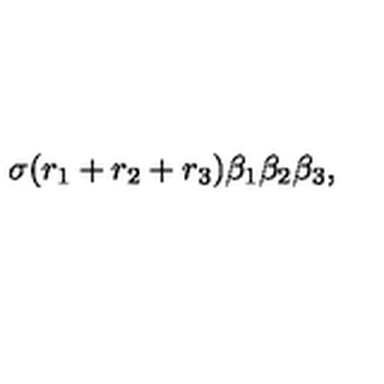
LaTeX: \sigma ( r _ { 1 } + r _ { 2 } + r _ { 3 } ) { \beta } _ { 1 } { \beta } _ { 2 } { \beta } _ { 3 } ,